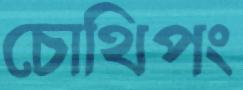
চোথিপং